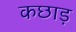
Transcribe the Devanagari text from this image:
कछाड़